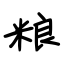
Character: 粮